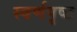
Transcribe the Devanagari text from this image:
स्वर्णपृष्ट